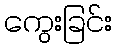
ကွေးခြင်း